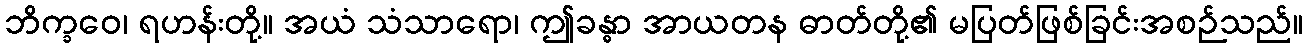
ဘိက္ခဝေ၊ ရဟန်းတို့။ အယံ သံသာရော၊ ဤခန္ဓာ အာယတန ဓာတ်တို့၏ မပြတ်ဖြစ်ခြင်းအစဉ်သည်။